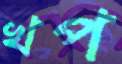
খপ